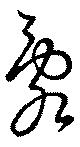
乱